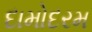
દામોદરમ